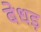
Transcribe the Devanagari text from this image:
बेधड़